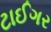
ટાઈગર